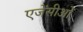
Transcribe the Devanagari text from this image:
एजेंसीओं